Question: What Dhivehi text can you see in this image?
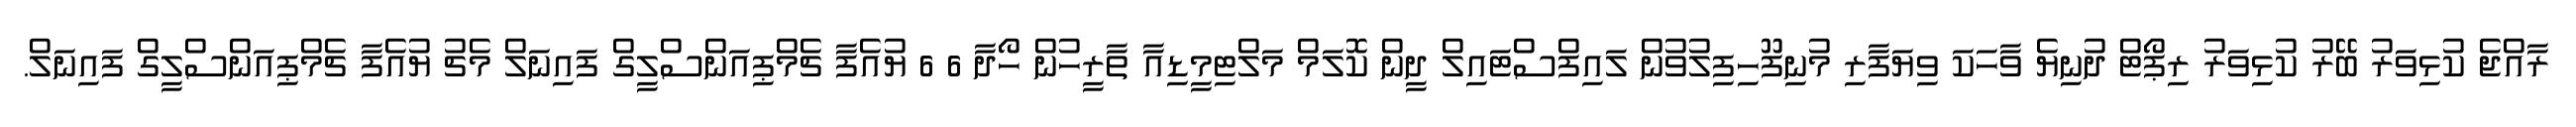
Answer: ރާއްޖެ ކުޅިވަރު ބޭރު ކުޅިވަރު ރިޕޯޓް ދުނިޔެ ވާހަކަ ވިޔަފާރި މުނިފޫހިފިލުވުން ލައިފްސްޓައިލް ދީން ކޮލަމް މަލްޓިމީޑިއާ ތާރީހުން ހޯދާ 6 6 ޔުއެފާ ޗެމްޕިއަންސްލީގް ފައިނަލް މެޗު ޔުއެފާ ޗެމްޕިއަންސްލީގް ފައިނަލް.